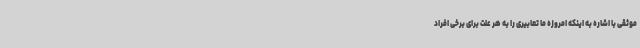
موثقی با اشاره به اینکه امروزه ما تعابیری را به هر علت برای برخی افراد